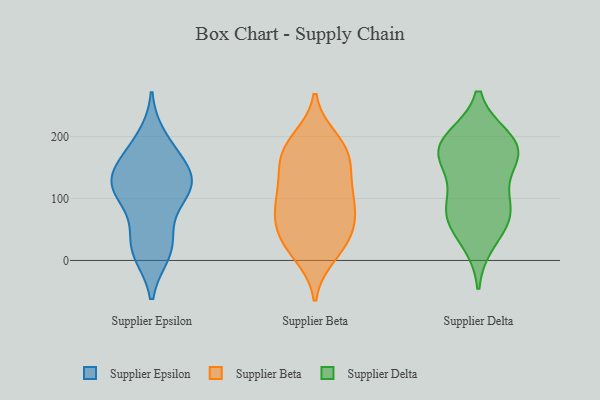
{"axis": {"x": "Net Income (USD K)", "y": "Value"}, "legend": ["Supplier Beta", "Supplier Delta", "Supplier Epsilon"], "data": [{"x": "", "y": 125, "type": "Supplier Epsilon"}, {"x": "", "y": 117, "type": "Supplier Epsilon"}, {"x": "", "y": 160, "type": "Supplier Epsilon"}, {"x": "", "y": 46, "type": "Supplier Epsilon"}, {"x": "", "y": 20, "type": "Supplier Epsilon"}, {"x": "", "y": 121, "type": "Supplier Epsilon"}, {"x": "", "y": 147, "type": "Supplier Epsilon"}, {"x": "", "y": 124, "type": "Supplier Epsilon"}, {"x": "", "y": 101, "type": "Supplier Epsilon"}, {"x": "", "y": 12, "type": "Supplier Epsilon"}, {"x": "", "y": 113, "type": "Supplier Epsilon"}, {"x": "", "y": 19, "type": "Supplier Epsilon"}, {"x": "", "y": 175, "type": "Supplier Epsilon"}, {"x": "", "y": 197, "type": "Supplier Epsilon"}, {"x": "", "y": 162, "type": "Supplier Beta"}, {"x": "", "y": 103, "type": "Supplier Beta"}, {"x": "", "y": 78, "type": "Supplier Beta"}, {"x": "", "y": 170, "type": "Supplier Beta"}, {"x": "", "y": 48, "type": "Supplier Beta"}, {"x": "", "y": 91, "type": "Supplier Beta"}, {"x": "", "y": 173, "type": "Supplier Beta"}, {"x": "", "y": 51, "type": "Supplier Beta"}, {"x": "", "y": 184, "type": "Supplier Beta"}, {"x": "", "y": 122, "type": "Supplier Beta"}, {"x": "", "y": 129, "type": "Supplier Beta"}, {"x": "", "y": 10, "type": "Supplier Beta"}, {"x": "", "y": 22, "type": "Supplier Beta"}, {"x": "", "y": 31, "type": "Supplier Beta"}, {"x": "", "y": 194, "type": "Supplier Beta"}, {"x": "", "y": 78, "type": "Supplier Beta"}, {"x": "", "y": 90, "type": "Supplier Delta"}, {"x": "", "y": 152, "type": "Supplier Delta"}, {"x": "", "y": 32, "type": "Supplier Delta"}, {"x": "", "y": 171, "type": "Supplier Delta"}, {"x": "", "y": 195, "type": "Supplier Delta"}, {"x": "", "y": 77, "type": "Supplier Delta"}, {"x": "", "y": 85, "type": "Supplier Delta"}, {"x": "", "y": 65, "type": "Supplier Delta"}, {"x": "", "y": 178, "type": "Supplier Delta"}, {"x": "", "y": 178, "type": "Supplier Delta"}, {"x": "", "y": 191, "type": "Supplier Delta"}]}